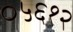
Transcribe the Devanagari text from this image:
०५६१२